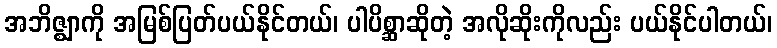
အဘိဇ္ဈာကို အမြစ်ပြတ်ပယ်နိုင်တယ်၊ ပါပိစ္ဆာဆိုတဲ့ အလိုဆိုးကိုလည်း ပယ်နိုင်ပါတယ်၊